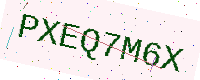
Text: PXEQ7M6X